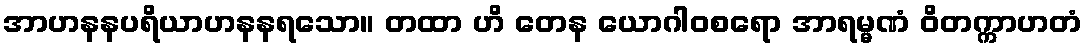
အာဟနနပရိယာဟနနရသော။ တထာ ဟိ တေန ယောဂါဝစရော အာရမ္မဏံ ဝိတက္ကာဟတံ